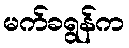
မက်ခရွန်က